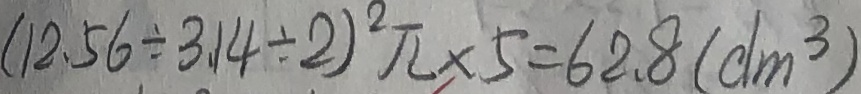
( 1 2 . 5 6 \div 3 . 1 4 \div 2 ) ^ { 2 } \pi \times 5 = 6 2 . 8 ( d m ^ { 3 } )